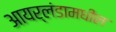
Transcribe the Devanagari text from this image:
आयर्लंडामधील